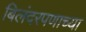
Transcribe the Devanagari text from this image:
बिलंदरपणाच्या